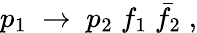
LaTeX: p_{1}\; \to\; p_{2}\; f_{1}\; \bar{f}_{2}\; ,